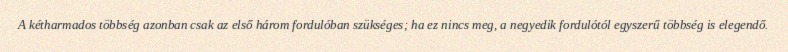
A kétharmados többség azonban csak az első három fordulóban szükséges; ha ez nincs meg, a negyedik fordulótól egyszerű többség is elegendő.